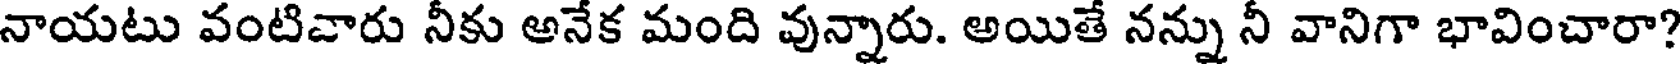
నాయటు వంటివారు నీకు అనేక మంది వున్నారు. అయితే నన్ను నీ వానిగా భావించారా?